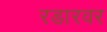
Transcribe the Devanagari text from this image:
रडारवर